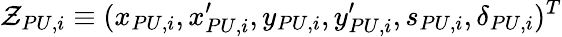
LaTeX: \mathbf{\cal Z}_{PU,i}\equiv(x_{PU,i},x_{PU,i}^{\prime},y_{PU,i},y_{PU,i}^{\prime},s_{PU,i},\delta_{PU,i})^{T}